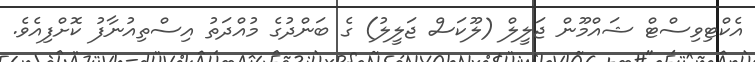
އެކްޓިވިސްޓް ޝައްމޫން ޖަލީލް (ލޫކަސް ޖަލީލު) ގެ ބަންދުގެ މުއްދަތު އިސްތިއުނާފު ކޮށްފިއެވެ.